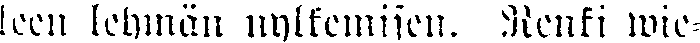
leen lehmän nylkeminen. Renki wie-